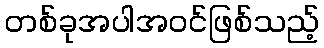
တစ်ခုအပါအဝင်ဖြစ်သည့်